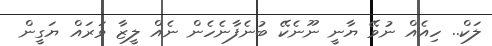
ލަކް.. ހިއެއް ނުވޭ ޔާނީ ނޫނެކޭ ބުނެފާނެހެން ނެއް ލީޒާ ވަރައް ޔަގީން